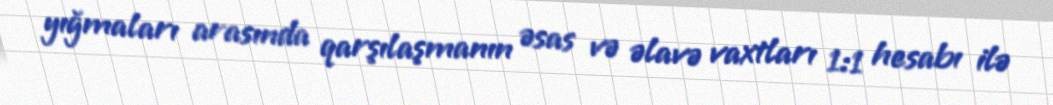
yığmaları arasında qarşılaşmanın əsas və əlavə vaxtları 1:1 hesabı ilə